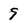
Character: 9